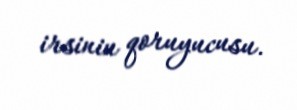
irsinin qoruyucusu.